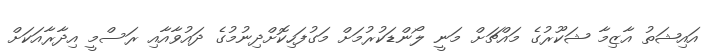
އައިޝަތު އާޒިމާ ޝަކޫރުގެ މައްޗަށް މަނީ ލޯންޑަކުރުމަށް މަގުފަހިކޮށްދިނުމުގެ ދައުވާއާއި ރަސްމީ އިދާރާއަކަށް